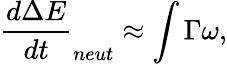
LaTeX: \frac{d\Delta E}{dt}_{neut}\approx\int\Gamma\omega,